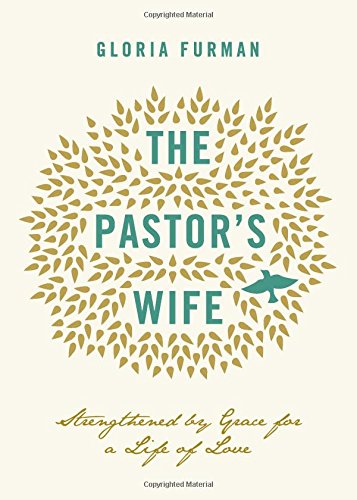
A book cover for The Pastor's Wife: Strengthened by Grace for a Life of Love; Gloria Furman; Christian Books & Bibles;